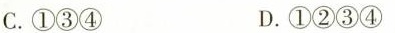
C.①③④ D.①②③④